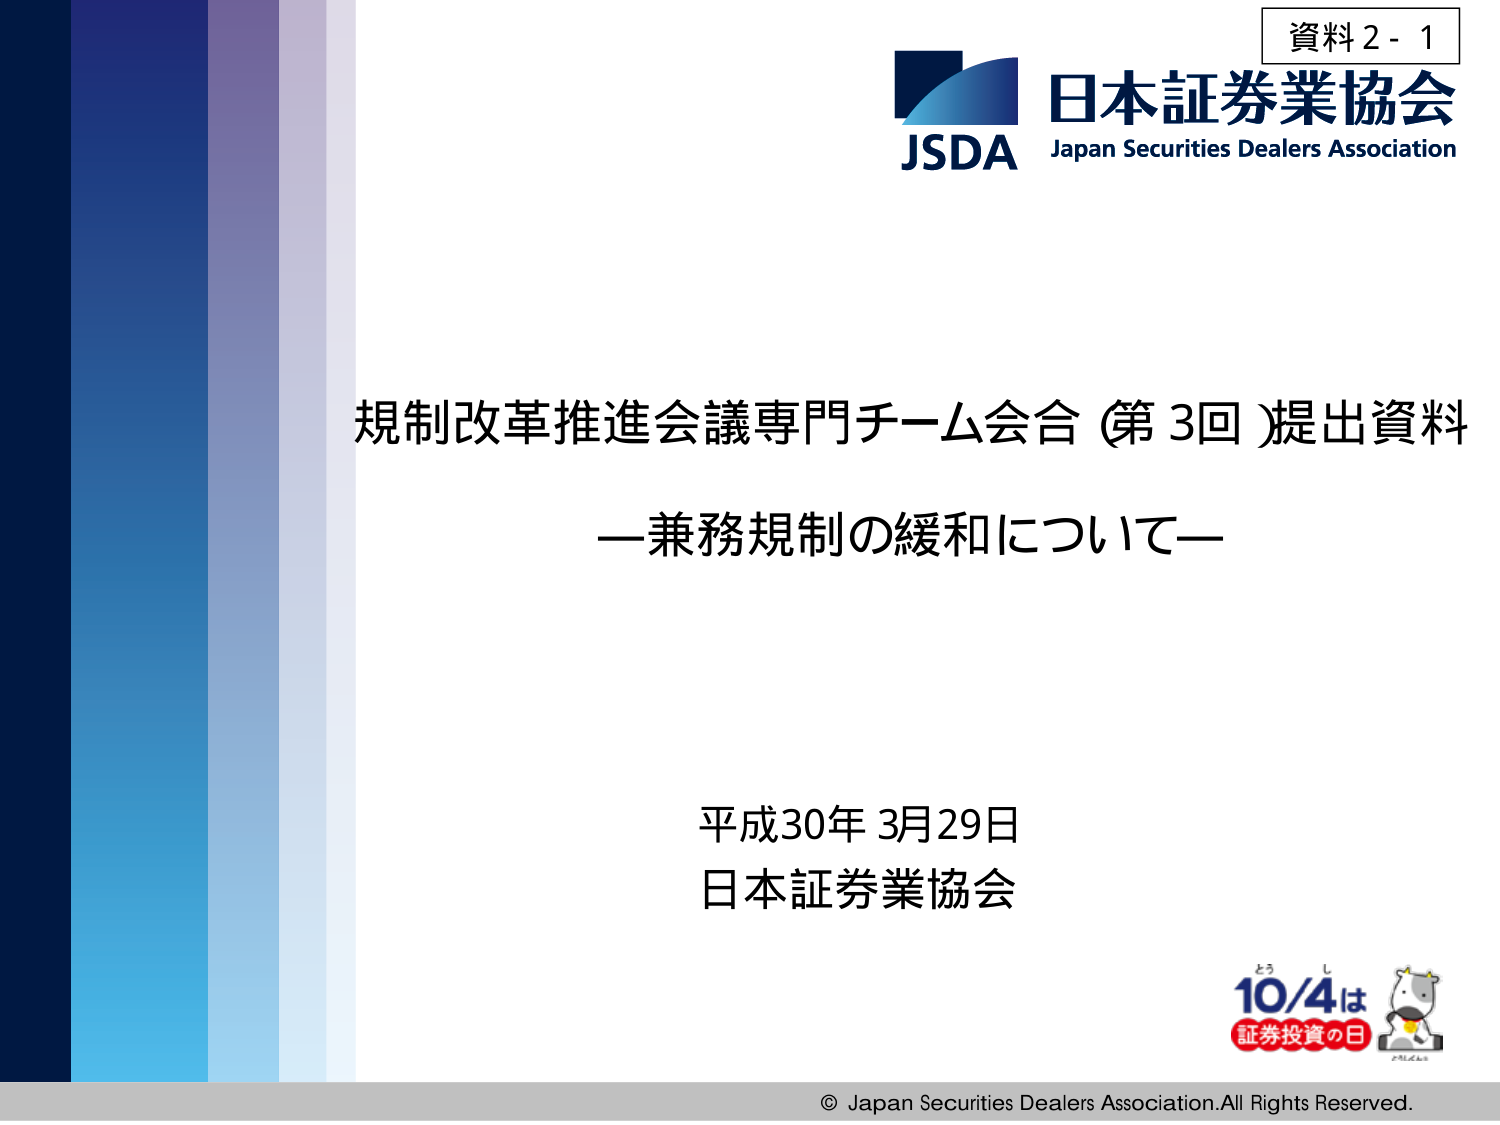
資料2-1
日本証券業協会
JSDA Japan Securities Dealers Association

規制改革推進会議専門チーム会合（第3回）提出資料
—兼務規制の緩和について—

平成30年3月29日
日本証券業協会

とう し
10/4は
証券投資の日

© Japan Securities Dealers Association. All Rights Reserved.